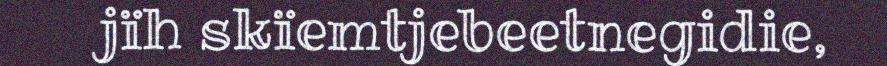
jïh skïemtjebeetnegidie,